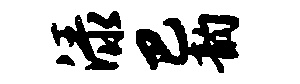
渌巴韵